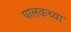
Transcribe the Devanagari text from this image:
पालकच्या